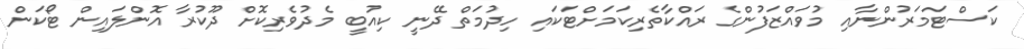
ކަސްޓަމަރުންނާއި މުވައްޒަފުންގެ ރައްކާތެރިކަމަށްޓަކައި ހިދުމަތް ދޭނީ ކިއުބީ މެދުވެރިކޮށް ދޫކުރާ އޮންލައިން ޓޯކަން